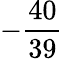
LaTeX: -{\frac{40}{39}}